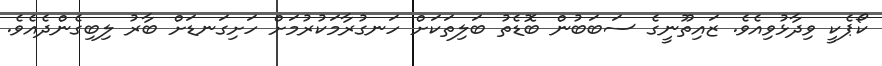
ކޯޕެކީ ވިދާޅުވިއެވެ. ޒައިތޫނީގެ ސަބަބުން ބޮޑެތު ބަލިތަކަށް ހަނގުރާމަކުރުމަށް ހަށިގަނޑަށް ބާރު ލިބިގެންދެއެވެ.